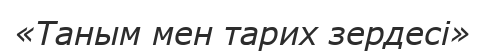
«Таным мен тарих зердесі»